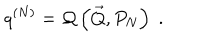
q ^ { ( N ) } = { \cal Q } \left( \vec { Q } , P _ { N } \right) \; .